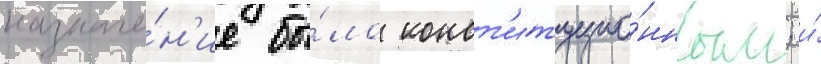
назначе́н'ие бы́ло конст'итуцио́нным; и́